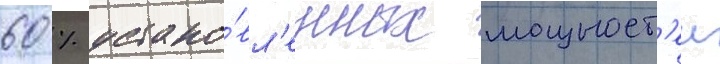
60 % устано́вл'енных мощност'еи